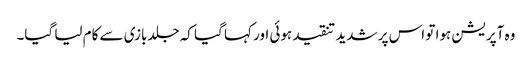
وہ آپریشن ہوا تو اس پر شدید تنقید ہوئی اور کہا گیا کہ جلدبازی سے کام لیا گیا۔